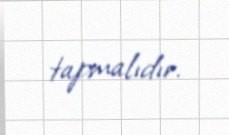
tapmalıdır.